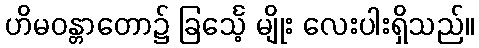
ဟိမဝန္တာတော၌ ခြင်္သေ့ မျိုး လေးပါးရှိသည်။